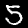
Digit: 5